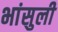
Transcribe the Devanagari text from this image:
भांसुली